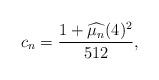
LaTeX: \begin{align*}c_n = \frac{1+\widehat{\mu_n}(4)^2}{512},\end{align*}